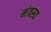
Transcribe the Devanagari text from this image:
मंत्रस्य